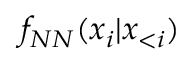
f _ { N N } ( x _ { i } | \boldsymbol x _ { < i } )